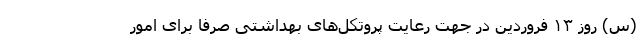
(س) روز ۱۳ فروردین در جهت رعایت پروتکل‌های بهداشتی صرفا برای امور